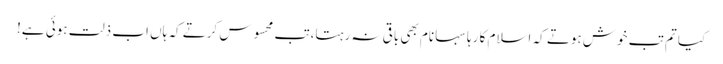
کیا تم تب خوش ہوتے کہ اسلام کا رہا سہا نام بھی باقی نہ رہتا،تب محسوس کرتے کہ ہاں اب ذلت ہوئی ہے!